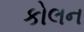
કોલન